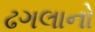
ઢગલાનો